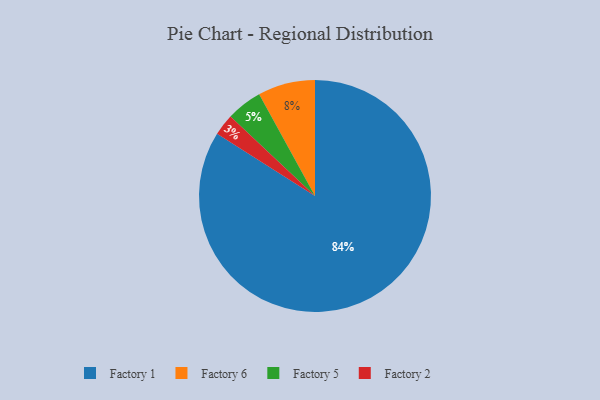
{"axis": {"x": "Category", "y": "Percentage"}, "legend": ["Factory 1", "Factory 2", "Factory 5", "Factory 6"], "data": [{"x": "Factory 5", "y": 5, "type": "Factory 5"}, {"x": "Factory 1", "y": 84, "type": "Factory 1"}, {"x": "Factory 6", "y": 8, "type": "Factory 6"}, {"x": "Factory 2", "y": 3, "type": "Factory 2"}]}